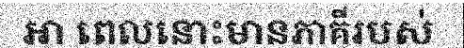
អា ពេលនោះមានភាគីរបស់